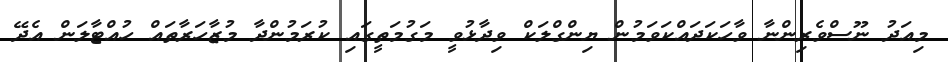
މިއަދު ނޫސްވެރިންނާ ވާހަކަދައްކަވަމުން ޔިންގްލަކް ވިދާޅުވީ މަގުމަތީގައި ކުރަމުންދާ މުޒާހަރާތައް ހުއްޓާލަން އެދޭ